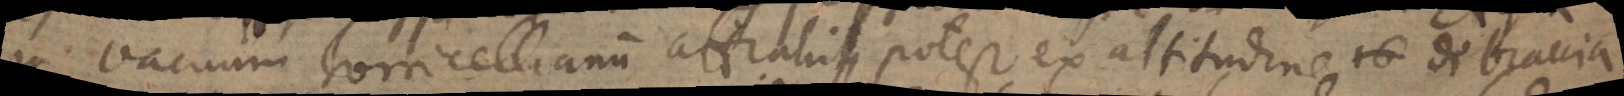
in vacuum Torricellianum attrahi potest ex altitudine 16 di braccia